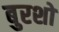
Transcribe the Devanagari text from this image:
बुरशो